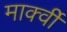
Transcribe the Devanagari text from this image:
मार्क्वी